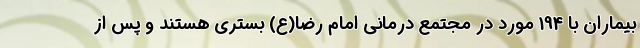
بیماران با 194 مورد در مجتمع درمانی امام رضا(ع) بستری هستند و پس از